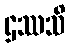
ဌဿသိ